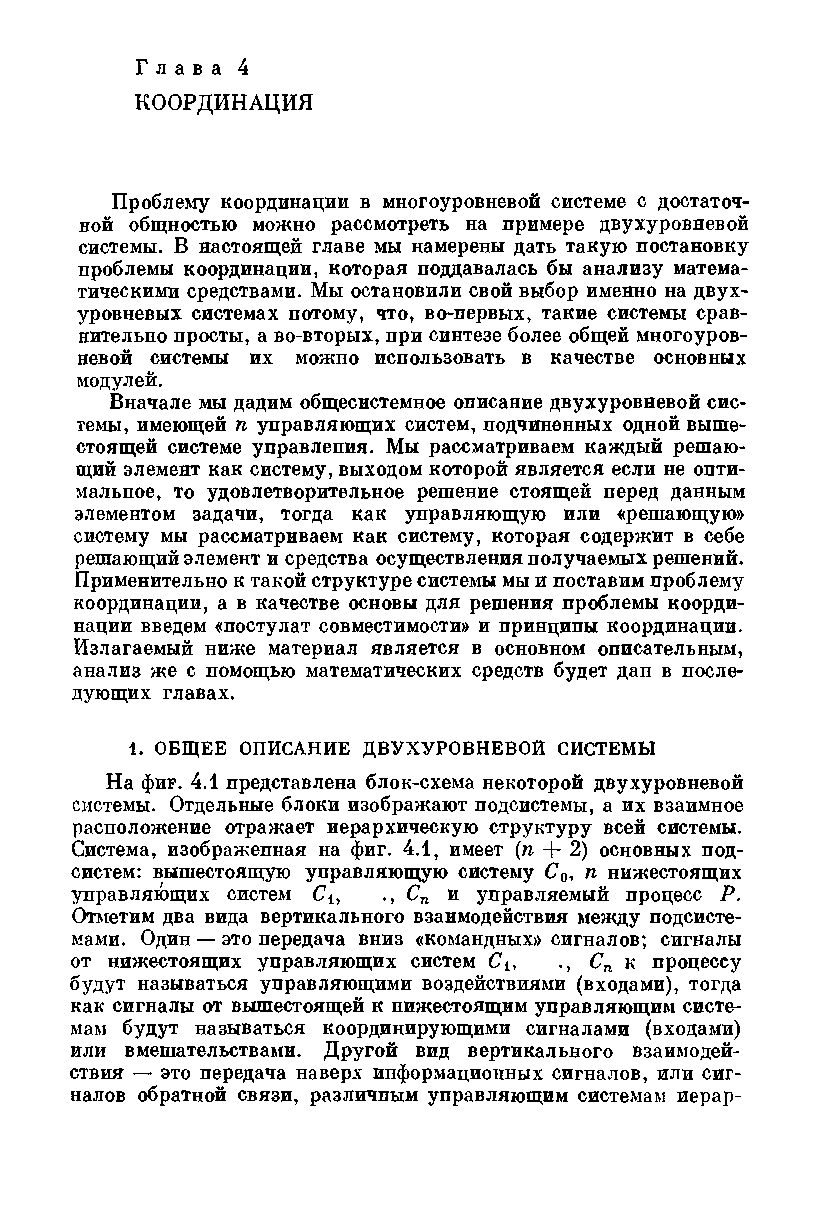
Г л а в а 4
 КООРДИНАЦИЯ
 Проблему координации в многоуровневой системе с достаточ­
 ной общностью можно рассмотреть на примере двухуровневой
 системы. В настоящей главе мы намерены дать такую постановку
 проблемы координации, которая поддавалась бы анализу матема­
 тическими средствами. Мы остановили свой выбор именно на двух­
 уровневых системах потому, что, во-первых, такие системы срав­
 нительно просты, а во-вторых, при синтезе более общей многоуров­
 невой системы их можно использовать в качестве основных
 модулей.
 Вначале мы дадим общесистемное описание двухуровневой сис­
 темы, имеющей п управляющих систем, подчиненных одной выше­
 стоящей системе управления. Мы рассматриваем каждый решаю­
 щий элемент как систему, выходом которой является если не опти­
 мальное, то удовлетворительное решение стоящей перед данным
 элементом задачи, тогда как управляющую или «решающую»
 систему мы рассматриваем как систему, которая содержит в себе
 решающий элемент и средства осуществления получаемых решений.
 Применительно к такой структуре системы мы и поставим проблему
 координации, а в качестве основы для решения проблемы коорди­
 нации введем «постулат совместимости» и принципы координации.
 Излагаемый ниже материал является в основном описательным,
 анализ же с помощью математических средств будет дан в после­
 дующих главах.
 1. ОБЩЕЕ ОПИСАНИЕ ДВУХУРОВНЕВОЙ СИСТЕМЫ
 На фиг. 4.1 представлена блок-схема некоторой двухуровневой
 системы. Отдельные блоки изображают подсистемы, а их взаимное
 расположение отражает иерархическую структуру всей системы.
 Система, изображенная на фиг. 4.1, имеет (п + 2) основных под­
 систем: вышестоящую управляющую систему С0, п нижестоящих
 управляющих систем Си ., Сп и управляемый процесс Р.
 Отметим два вида вертикального взаимодействия между подсисте­
 мами. Один — это передача вниз «командных» сигналов; сигналы
 от нижестоящих управляющих систем Си • , Сп к процессу
 будут называться управляющими воздействиями (входами), тогда
 как сигналы от вышестоящей к нижестоящим управляющим систе­
 мам будут называться координирующими сигналами (входами)
 или вмешательствами. Другой вид вертикального взаимодей­
 ствия — это передача наверх информационных сигналов, или сиг­
 налов обратной связи, различным управляющим системам иерар-